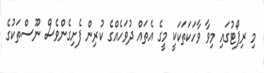
މި ރިޕޯޓުގައި މިވާ ވާހަކަތަކަކީ މީގެ އެތައް ދުވަހެއްގެ ކުރިން ފެށިގެންވެސް ނޫސްތަކުގެ